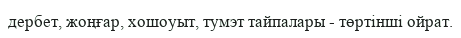
дербет, жоңғар, хошоуыт, тумэт тайпалары - төртінші ойрат.